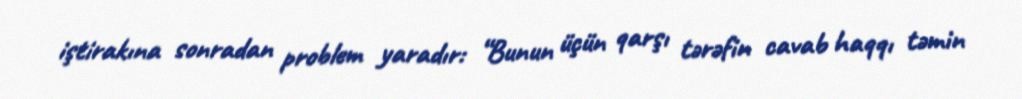
iştirakına sonradan problem yaradır: “Bunun üçün qarşı tərəfin cavab haqqı təmin